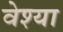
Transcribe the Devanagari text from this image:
वेश्‍या